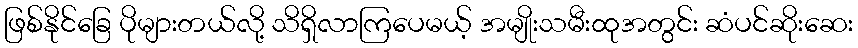
ဖြစ်နိုင်ခြေ ပိုများတယ်လို့ သိရှိလာကြပေမယ့် အမျိုးသမီးထုအတွင်း ဆံပင်ဆိုးဆေး